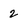
Character: 2